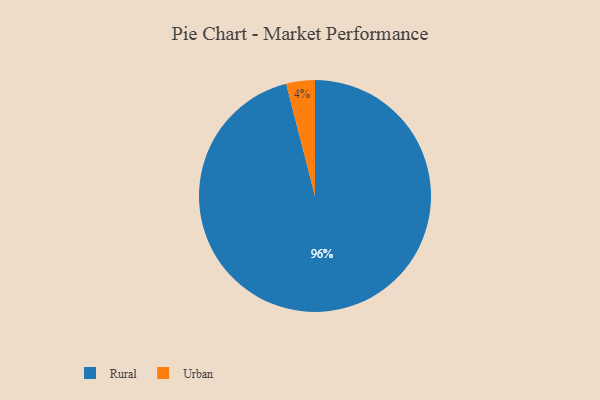
{"axis": {"x": "Category", "y": "Percentage"}, "legend": ["Rural", "Urban"], "data": [{"x": "Urban", "y": 4, "type": "Urban"}, {"x": "Rural", "y": 96, "type": "Rural"}]}